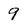
Character: 9